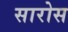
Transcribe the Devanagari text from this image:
सारोस